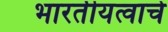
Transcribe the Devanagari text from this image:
भारतीयत्वाचे